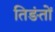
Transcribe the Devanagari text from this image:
तिङंतों